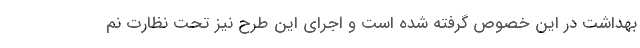
بهداشت در این خصوص گرفته شده است و اجرای این طرح نیز تحت نظارت نم